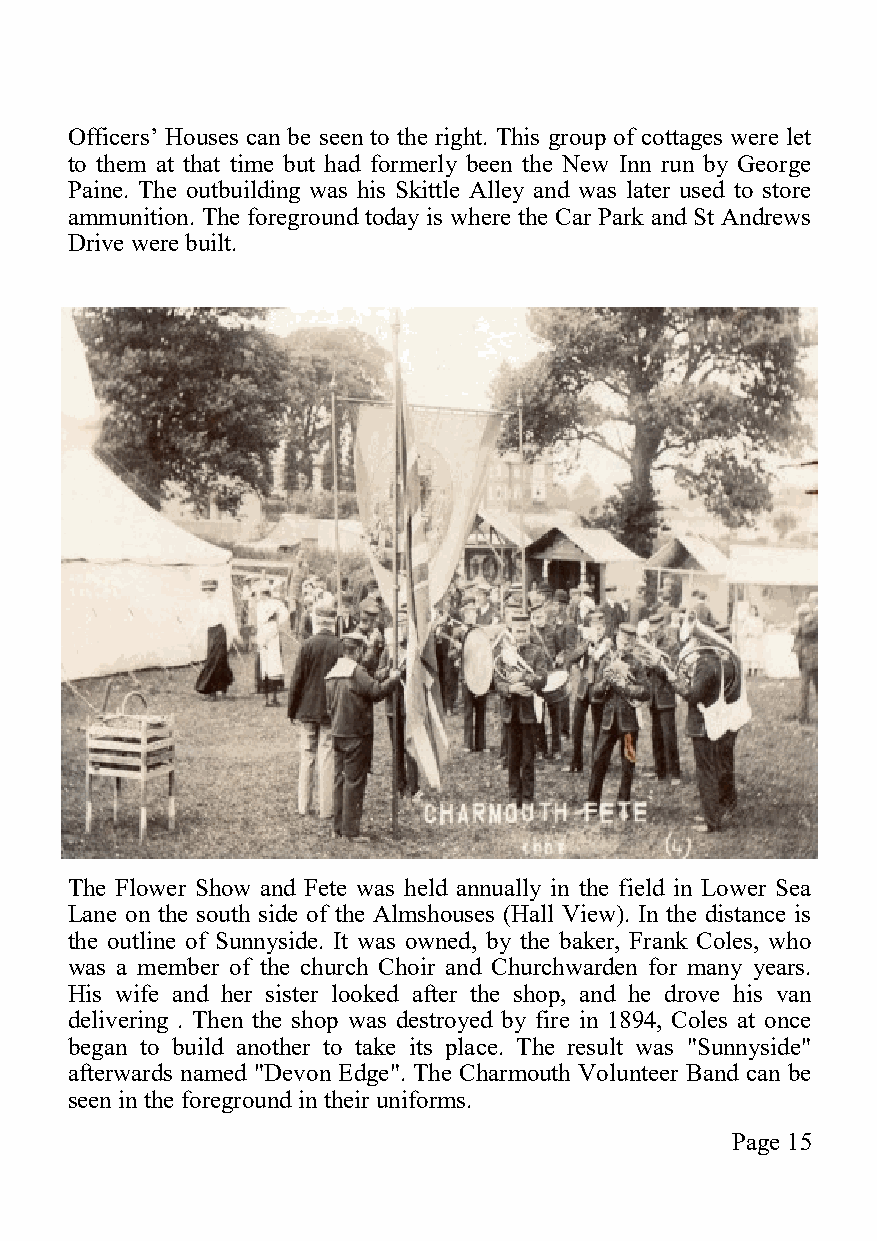
Officers’ Houses can be seen to the right. This group of cottages were let
 to them at that time but had formerly been the New Inn run by George
 Paine. The outbuilding was his Skittle Alley and was later used to store
 ammunition. The foreground today is where the Car Park and St Andrews
 Drive were built.
 The Flower Show and Fete was held annually in the field in Lower Sea
 Lane on the south side of the Almshouses (Hall View). In the distance is
 the outline of Sunnyside. It was owned, by the baker, Frank Coles, who
 was a member of the church Choir and Churchwarden for many years.
 His wife and her sister looked after the shop, and he drove his van
 delivering . Then the shop was destroyed by fire in 1894, Coles at once
 began to build another to take its place. The result was "Sunnyside"
 afterwards named "Devon Edge". The Charmouth Volunteer Band can be
 seen in the foreground in their uniforms.
 Page 15